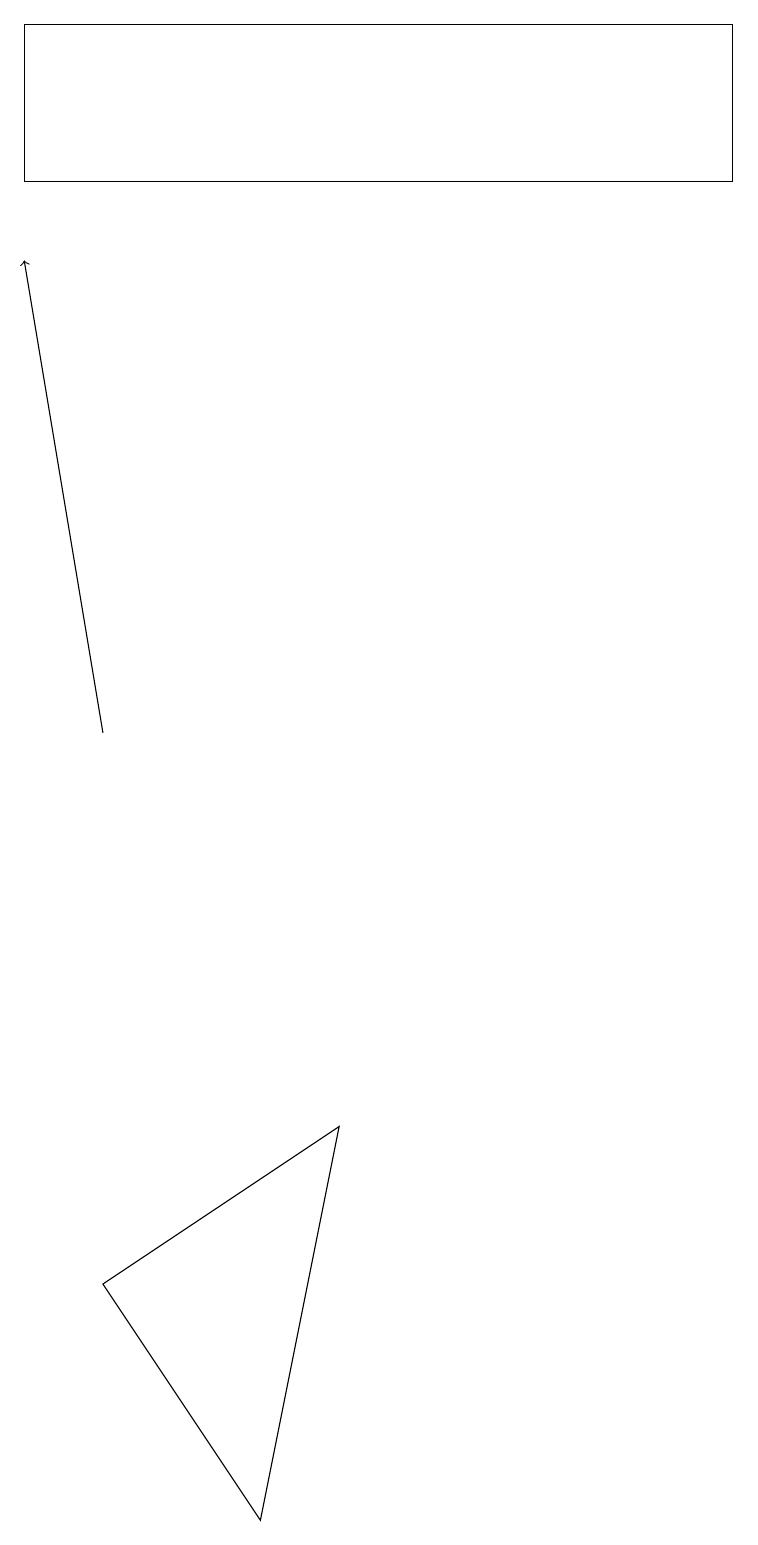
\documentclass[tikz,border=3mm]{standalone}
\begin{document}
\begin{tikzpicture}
\draw (1,3) -- (4,5) -- (3,0) -- cycle;
\draw (0,19) rectangle (9,17);
\draw[->] (1,10) -- (0,16);
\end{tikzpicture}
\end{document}